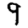
Digit: 9